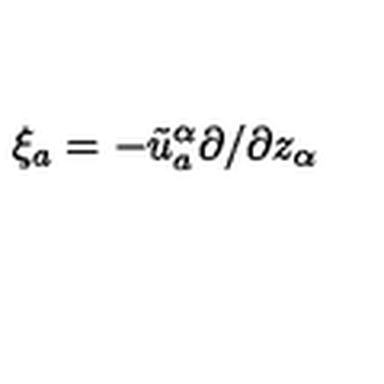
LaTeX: \xi _ { a } = - \tilde { u } _ { a } ^ { \alpha } \partial / \partial z _ { \alpha }